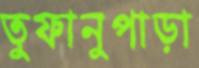
তুফানুপাড়া